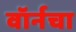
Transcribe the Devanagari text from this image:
वॉर्नचा